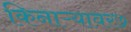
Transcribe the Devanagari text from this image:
किनाऱ्यावर७